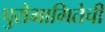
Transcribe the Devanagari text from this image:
पुरोभागितेची